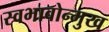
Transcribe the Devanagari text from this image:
स्वभावोन्मुख